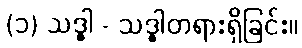
(၁) သဒ္ဓါ - သဒ္ဓါတရားရှိခြင်း။